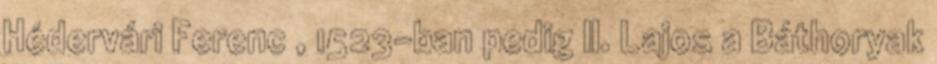
Hédervári Ferenc , 1523-ban pedig II. Lajos a Báthoryak